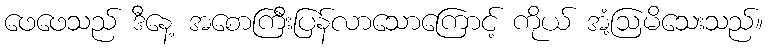
ဖေဖေသည် ဒီနေ့ အစောကြီးပြန်လာသောကြောင့် ကိုယ် အံ့ဩမိသေးသည်။